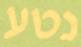
נטע